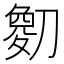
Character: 𫦘